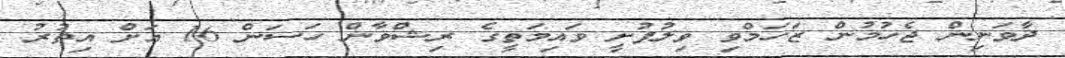
ދާވަނިން ޖެހުމުން ޒަހަމްވި ވިލުފުށީ ވައިމަތީގެ ރިޝްވާން ހަސަން 16 އަށް އިތުރު